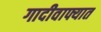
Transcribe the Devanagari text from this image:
गादीवाफ्यात